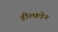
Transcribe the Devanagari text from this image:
हील्फ़डेन